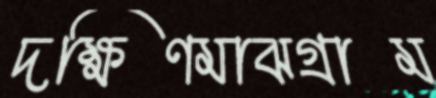
দক্ষিণমাঝগ্রাম